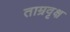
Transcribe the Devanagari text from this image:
ताम्रवृक्ष